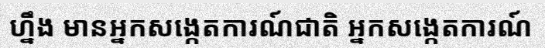
ហ្នឹង មានអ្នកសង្កេតការណ៍ជាតិ អ្នកសង្កេតការណ៍